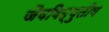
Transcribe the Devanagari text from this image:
जैवविद्युतीय